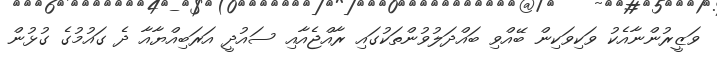
ވަޒީރުންނާއެކު ވަކިވަކިން ބޭއްވި ބައްދަލުވުންތަކުގައި ރާއްޖެއާއި ސައުދީ އަރަބިއްޔާއާ ދެ ގައުމުގެ ގުޅުން